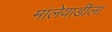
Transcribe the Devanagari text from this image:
मालेवाडीला